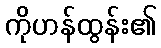
ကိုဟန်ထွန်း၏